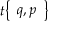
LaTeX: t { \left\{ \begin{array} { l } { q , p } \end{array} \right\} }